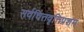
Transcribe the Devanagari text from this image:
सर्वचित्तवृत्तिप्रशम